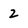
Character: 2